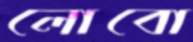
লোবো